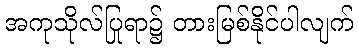
အကုသိုလ်ပြုရာ၌ တားမြစ်နိုင်ပါလျက်